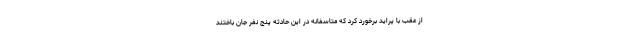
از عقب با پراید برخورد کرد که متاسفانه در این حادثه پنج نفر جان باختند